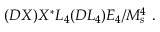
( { \cal D } X ) X ^ { * } L _ { 4 } ( { \cal D } L _ { 4 } ) E _ { 4 } / M _ { s } ^ { 4 } ~ .